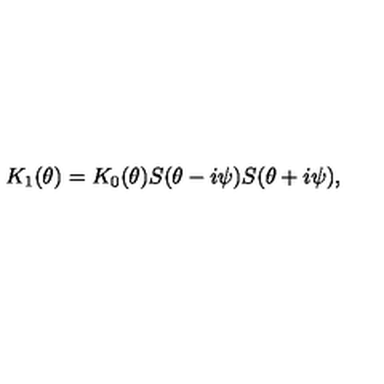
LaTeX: K _ { 1 } ( \theta ) = K _ { 0 } ( \theta ) S ( \theta - i \psi ) S ( \theta + i \psi ) ,